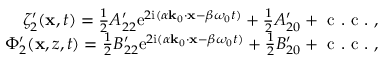
\begin{array} { r } { \zeta _ { 2 } ^ { \prime } ( \mathbf { x } , t ) = \frac { 1 } { 2 } A _ { 2 2 } ^ { \prime } \mathrm { e } ^ { 2 \mathrm { i } ( \alpha \mathbf { k } _ { 0 } \cdot \mathbf { x } - \beta \omega _ { 0 } t ) } + \frac { 1 } { 2 } A _ { 2 0 } ^ { \prime } + \mathrm { ~ c ~ . ~ c ~ . ~ } , } \\ { \Phi _ { 2 } ^ { \prime } ( \mathbf { x } , z , t ) = \frac { 1 } { 2 } B _ { 2 2 } ^ { \prime } \mathrm { e } ^ { 2 \mathrm { i } ( \alpha \mathbf { k } _ { 0 } \cdot \mathbf { x } - \beta \omega _ { 0 } t ) } + \frac { 1 } { 2 } B _ { 2 0 } ^ { \prime } + \mathrm { ~ c ~ . ~ c ~ . ~ } , } \end{array}